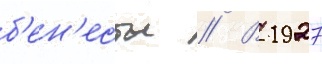
б'ен'есты // В 1927